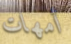
أمهات